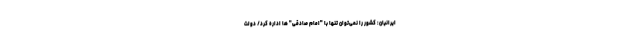
ایرانیان: کشور را نمی‌توان تنها با "امام صادقی" ها اداره کرد/ دولت